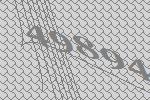
49894